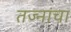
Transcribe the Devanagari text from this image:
तज्नांचा